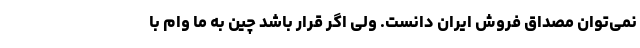
نمی‌توان مصداق فروش ایران دانست. ولی اگر قرار باشد چین به ما وام با